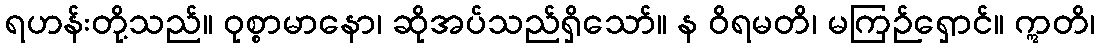
ရဟန်းတို့သည်။ ဝုစ္စာမာနော၊ ဆိုအပ်သည်ရှိသော်။ န ဝိရမတိ၊ မကြဉ်ရှောင်။ ဣတိ၊